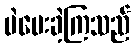
မဲပေးခဲ့ကြသည်